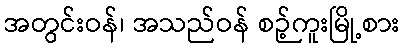
အတွင်းဝန်၊ အသည်ဝန် စဉ့်ကူးမြို့စား